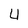
Character: 4